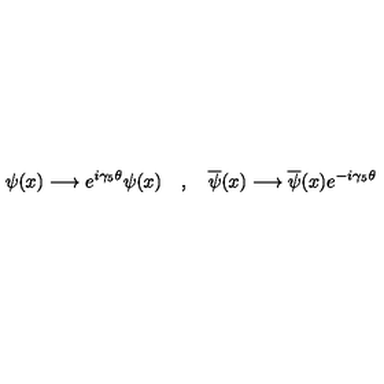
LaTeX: \psi ( x ) \longrightarrow e ^ { i \gamma _ { 5 } \theta } \psi ( x ) \quad , \quad \overline { { \psi } } ( x ) \longrightarrow \overline { { \psi } } ( x ) e ^ { - i \gamma _ { 5 } \theta }